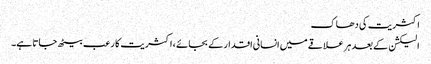
اکثریت کی دھاک
الیکشن کے بعد ہر علاقے میں انسانی اقدار کے بجائے ، اکثریت کا رعب بیٹھ جاتا ہے۔